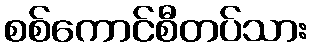
စစ်ကောင်စီတပ်သား